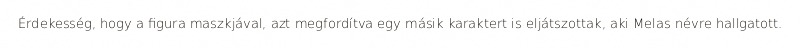
Érdekesség, hogy a figura maszkjával, azt megfordítva egy másik karaktert is eljátszottak, aki Melas névre hallgatott.